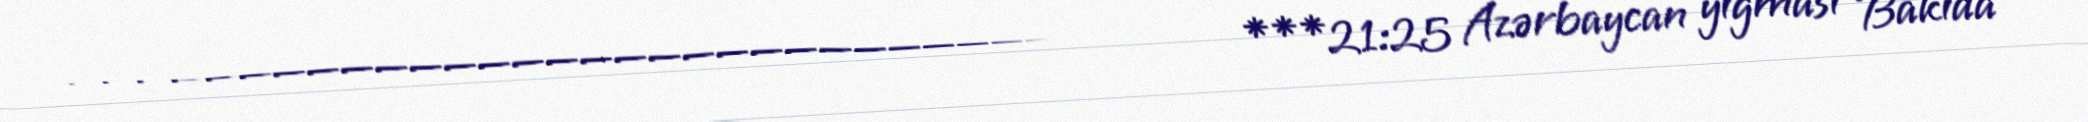
________________________________________ ***21:25 Azərbaycan yığması Bakıda